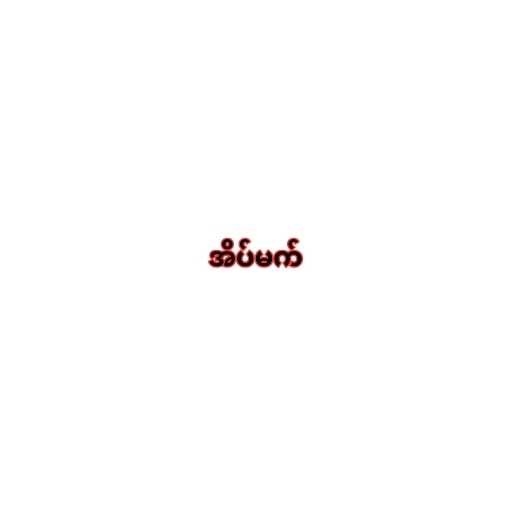
အိပ်မက်